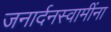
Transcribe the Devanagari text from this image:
जनार्दनस्वामींना